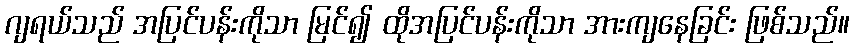
ဂျရယ်သည် အပြင်ပန်းကိုသာ မြင်၍ ထိုအပြင်ပန်းကိုသာ အားကျနေခြင်း ဖြစ်သည်။